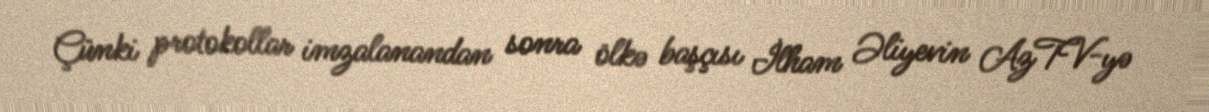
Çünki protokollar imzalanandan sonra ölkə başçısı İlham Əliyevin AzTV-yə